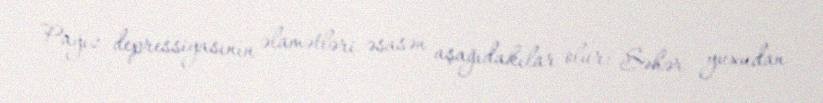
Payız depressiyasının əlamətləri əsasən aşağıdakılar olur: Səhər yuxudan